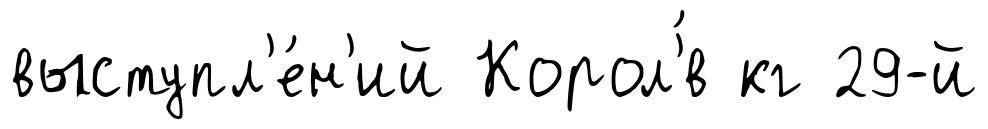
выступл'е́н'ий Корол'́в кг 29-й